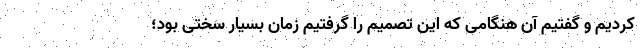
کردیم و گفتیم آن هنگامی که این تصمیم را گرفتیم زمان بسیار سختی بود؛